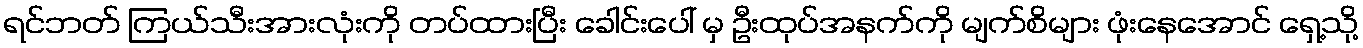
ရင်ဘတ် ကြယ်သီးအားလုံးကို တပ်ထားပြီး ခေါင်းပေါ် မှ ဦးထုပ်အနက်ကို မျက်စိများ ဖုံးနေအောင် ရှေ့သို့